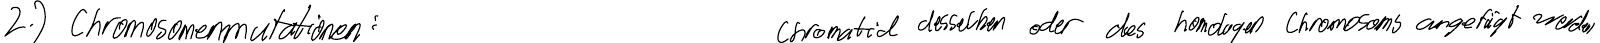
2.) Chromosomenmutationen:    Chromatid desselben oder des homologen Chromosoms angefügt werden